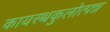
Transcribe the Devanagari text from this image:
कायस्थकुलोत्पन्न